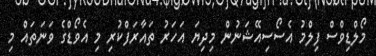
މޯލްޑިވްސް ފިލްމު އެސޯސިއޭޝަނުން މިދިޔަ އަހަރު ތައާރަފްކުރި މި އެވޯޑްގެ ވަނަތައް މި